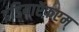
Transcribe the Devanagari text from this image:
इंडियाऍफ़एम्